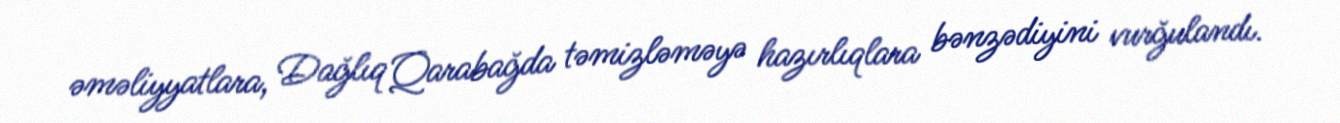
əməliyyatlara, Dağlıq Qarabağda təmizləməyə hazırlıqlara bənzədiyini vurğulandı.